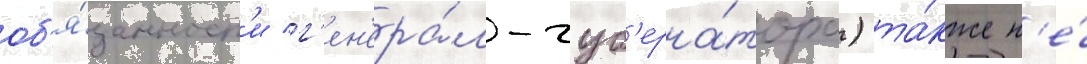
об'я́занност'и г'ен'ера́л-губ'ерна́тора) та́кже н'е́